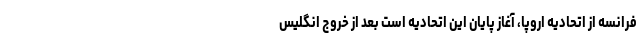
فرانسه از اتحادیه اروپا، آغاز پایان این اتحادیه است بعد از خروج انگلیس